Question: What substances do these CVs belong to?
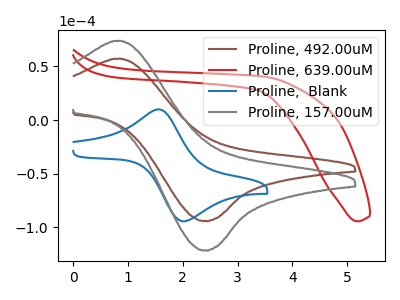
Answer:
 <answer>The brown curve is labeled "Proline, 492.00uM". The red curve is labeled "Proline, 639.00uM". The blue curve is labeled "Proline,  Blank". The gray curve is labeled "Proline, 157.00uM".</answer>
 <eval></eval>